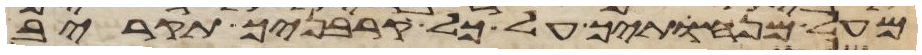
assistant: מעל מנחתך על כל קרבניך תקריב